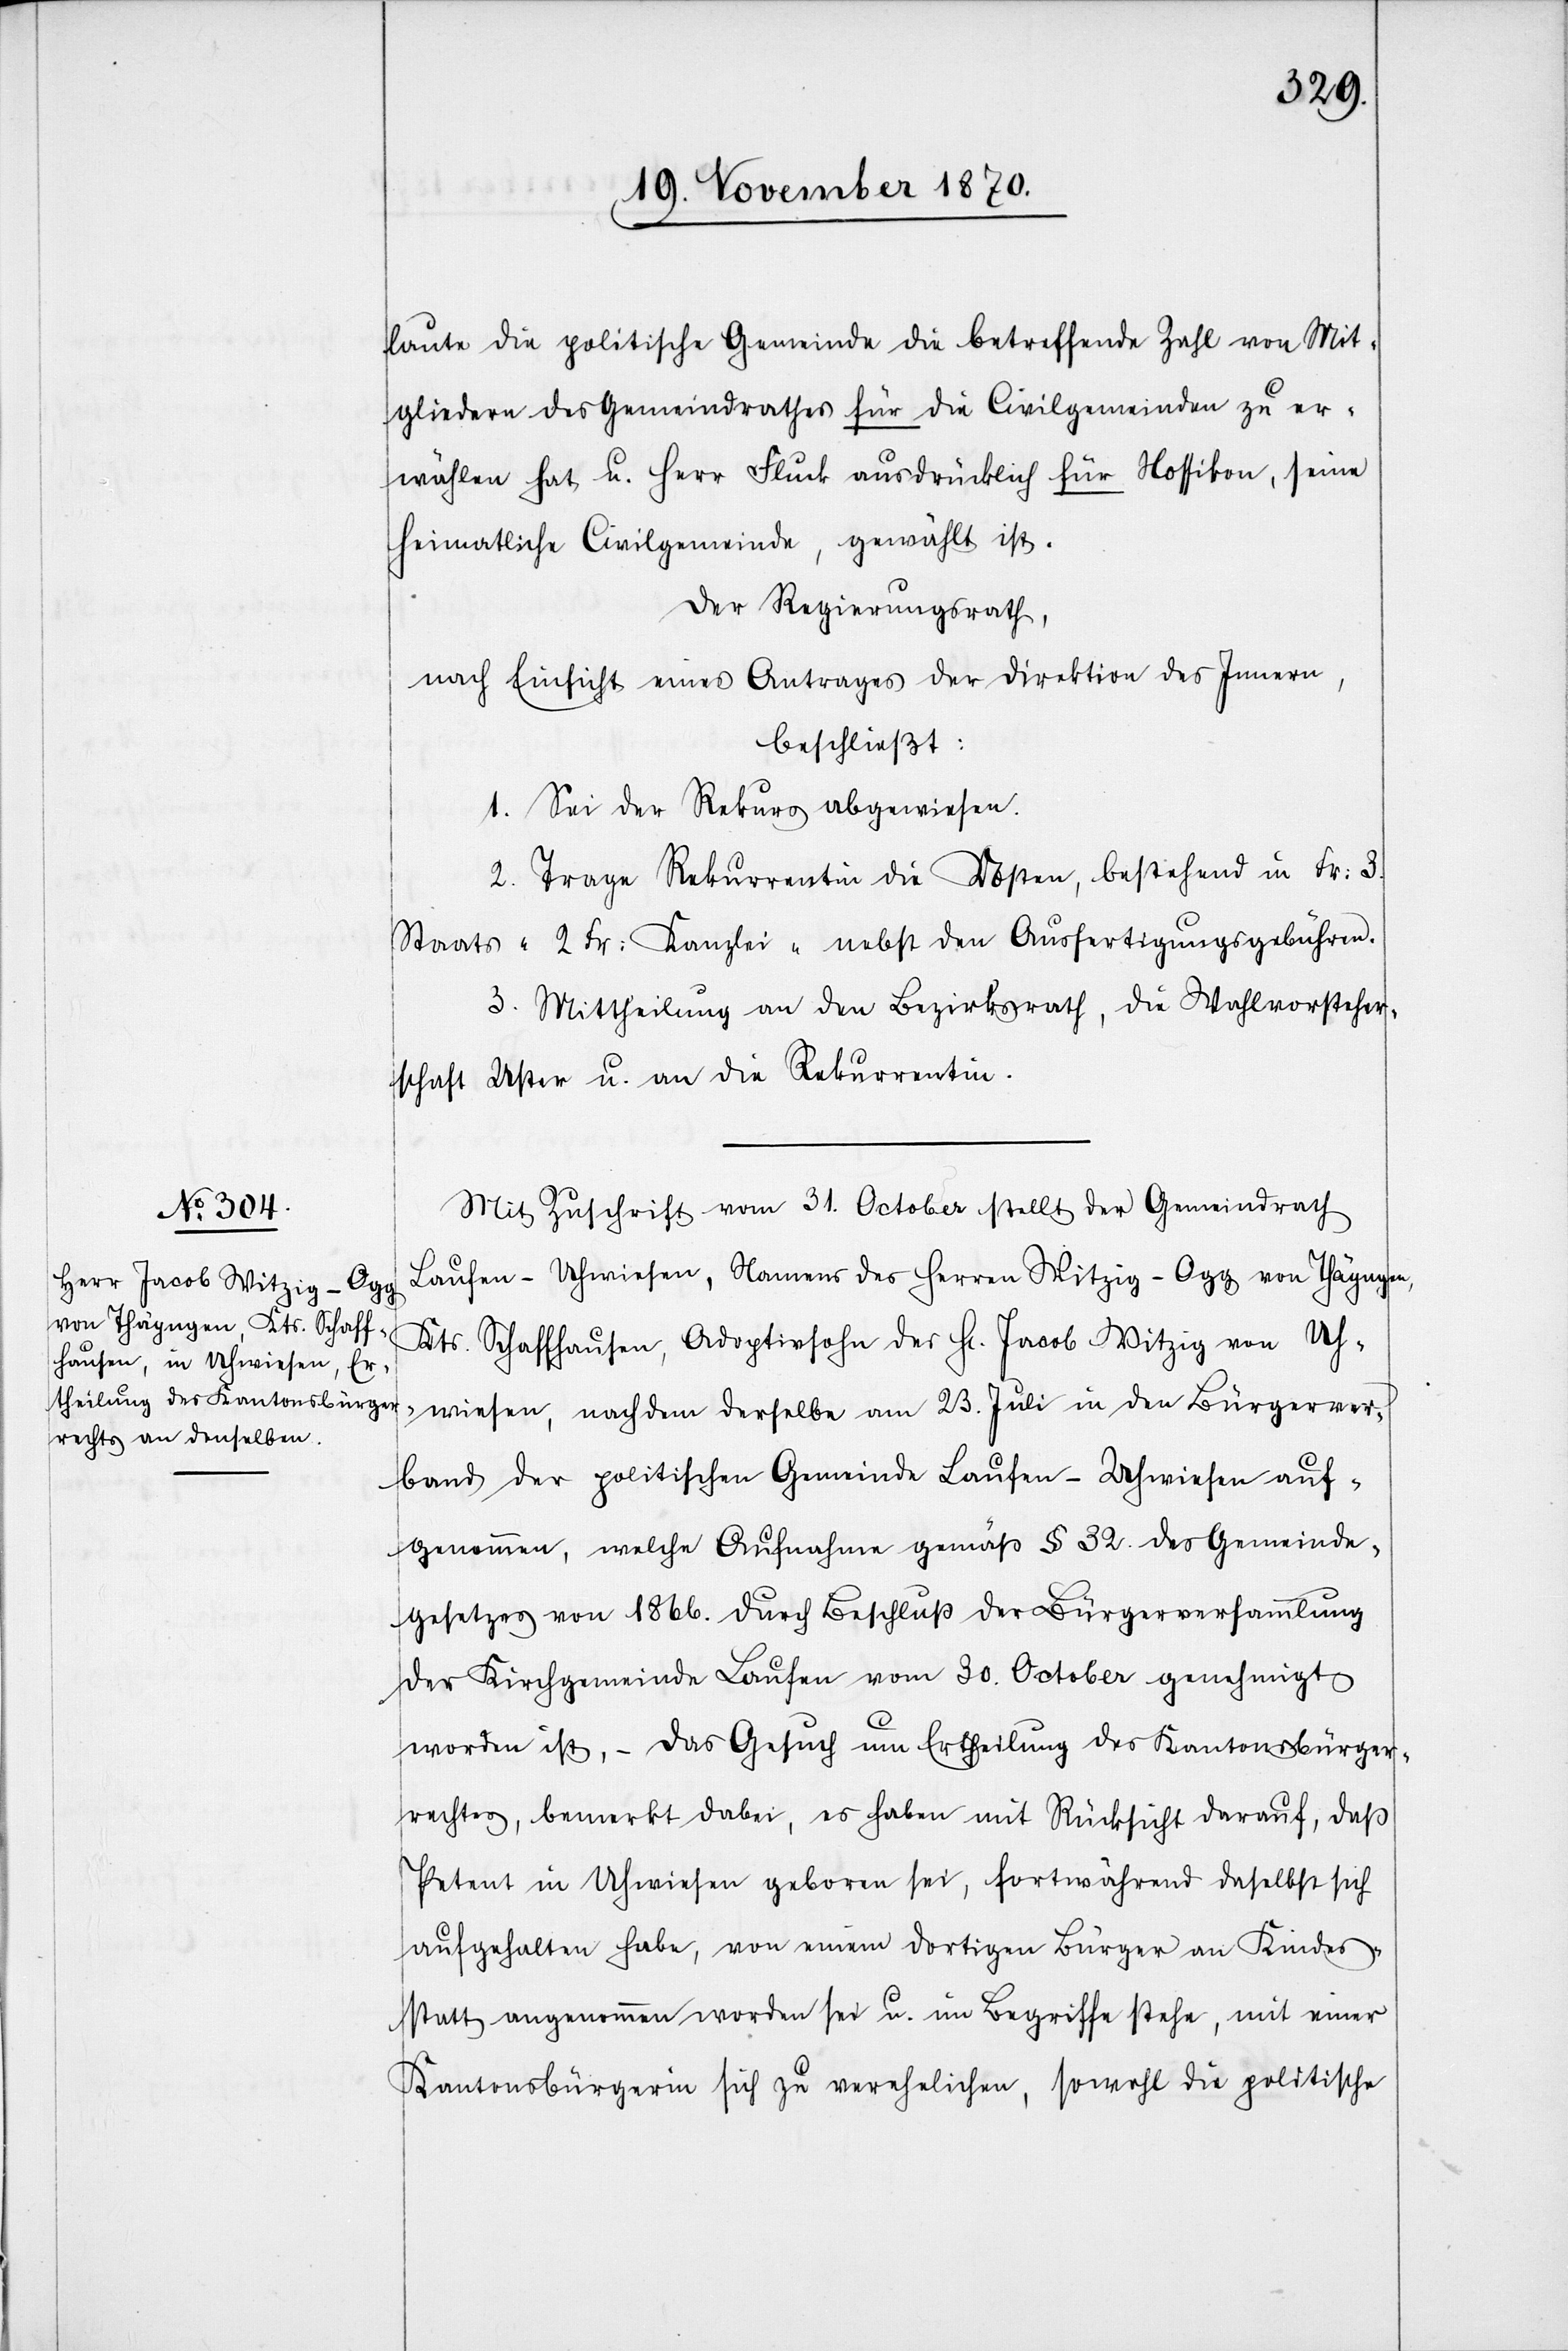
laute die politische Gemeinde die betreffende Zahl von Mit¬
gliedern des Gemeindrathes für die Civilgemeinden zu er¬
wählen hat u. Herr Fluck ausdrücklich für Nossikon, seine
heimatliche Civilgemeinde, gewählt ist.
Der Regierungsrath
nach Einsicht eines Antrages der Direktion des Innern,
beschließt:
1. Sei der Rekurs abgewiesen.
2. Trage Rekurrentin die Kosten, bestehend in Fr: 3.
Staats-[,] 2 Fr: Kanzlei-[,] nebst den Ausfertigungsgebühren.
3. Mittheilung an den Bezirksrath, die Wahlvorsteher¬
schaft Uster u. an die Rekurrentin.
Mit Zuschrift vom 31. October stellt der Gemeindrath
Laufen - Uhwiesen, Namens des Herren Witzig-Ogg von Thäyngen,
Kts Schaffhausen, Adoptivsohn des H[errn] Jacob Witzig von Uh¬
wiesen, nachdem derselbe am 23. Juli in den Bürgerver¬
band der politischen Gemeinde Laufen - Uhwiesen auf¬
genommen, welche Aufnahme gemäß § 32. des Gemeinde¬
gesetzes von 1866. durch Beschluß der Bürgerversammlung
der Kirchgemeinde Laufen vom 30. October genehmigt
worden ist, – das Gesuch um Ertheilung des Kantonsbürger¬
rechtes, bemerkt dabei, es haben mit Rücksicht darauf, daß
Petent in Uhwiesen geboren sei, fortwährend daselbst sich
aufgehalten habe, von einem dortigen Bürger an Kindes¬
statt angenommen worden sei u. im Begriffe stehe, mit einer
Kantonsbürgerin sich zu verehelichen, sowohl die politische